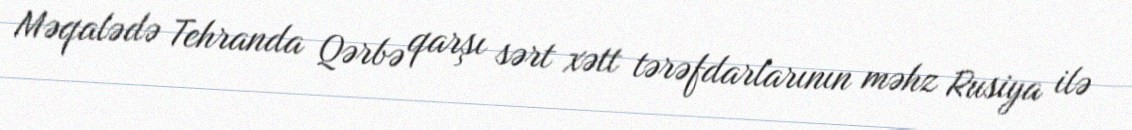
Məqalədə Tehranda Qərbə qarşı sərt xətt tərəfdarlarının məhz Rusiya ilə